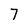
Character: 7